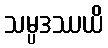
သမ္ပဒဿယိ